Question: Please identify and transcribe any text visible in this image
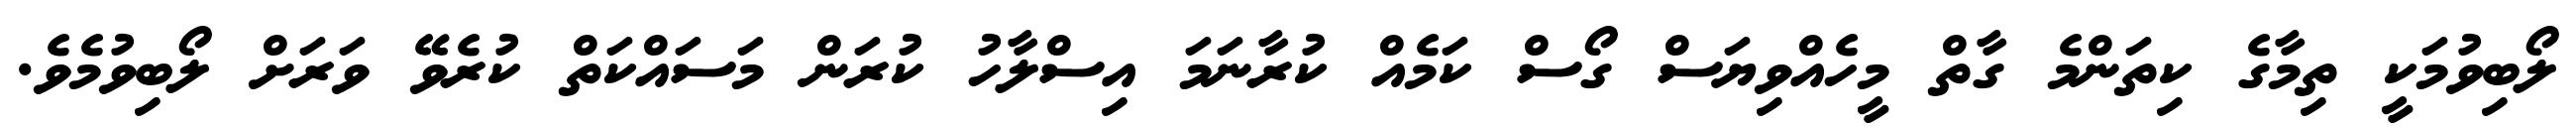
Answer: ލޯބިވުމަކީ ތިމާގެ ކިތަންމެ ގާތް މީހެއްވިޔަސް ގޯސް ކަމެއް ކުރާނަމަ އިސްލާހު ކުރަން މަސައްކަތް ކުރެވޭ ވަރަށް ލޯބިވުމެވެ.